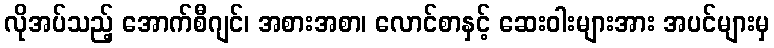
လိုအပ်သည့် အောက်စီဂျင်၊ အစားအစာ၊ လောင်စာနှင့် ဆေးဝါးများအား အပင်များမှ